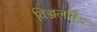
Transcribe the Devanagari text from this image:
विज्जलविड